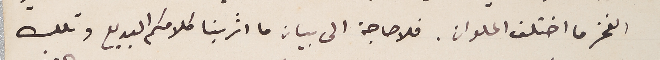
الفخر ما اختلف الملوان. فلا حاجة الى بيان ما اثر بنا كلامكم البديع وتلك